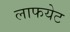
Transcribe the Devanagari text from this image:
लाफयेट